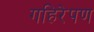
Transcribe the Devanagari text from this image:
गहिरेपण